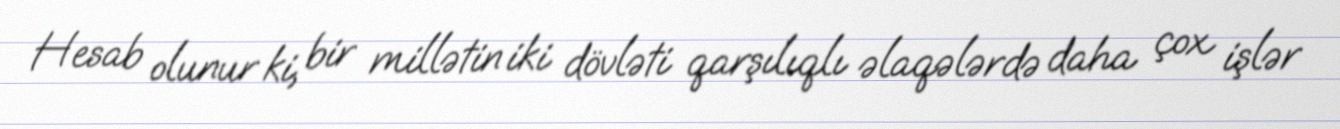
Hesab olunur ki, bir millətin iki dövləti qarşılıqlı əlaqələrdə daha çox işlər